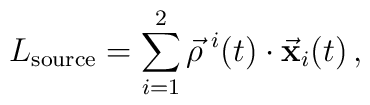
L_{{\rm source}} = \sum_{i=1}^2 \vec\rho^{\,\,i}(t) \cdot {\bf\vec x}_i(t) \,,